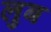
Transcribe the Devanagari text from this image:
लुब